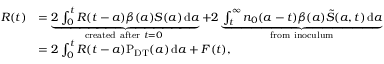
\begin{array} { r l } { R ( t ) } & { = \underbrace { 2 \int _ { 0 } ^ { t } { R ( t - a ) \beta ( a ) S ( a ) \, \mathrm { d } a } } _ { \mathrm { c r e a t e d ~ a f t e r ~ } t = 0 \mathrm { ~ } } + 2 \underbrace { \int _ { t } ^ { \infty } { { { n } _ { 0 } } ( a - t ) \beta ( a ) \tilde { S } ( { a , t } ) \, \mathrm { d } a } } _ { \mathrm { f r o m ~ i n o c u l u m } } } \\ & { = 2 \int _ { 0 } ^ { t } { R ( t - a ) \mathrm { P } _ { \mathrm { D T } } ( a ) \, \mathrm { d } a } + F ( t ) , } \end{array}